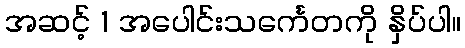
အဆင့် 1 အပေါင်းသင်္ကေတကို နှိပ်ပါ။